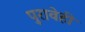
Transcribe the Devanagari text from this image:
पुरावेही